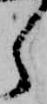
ら